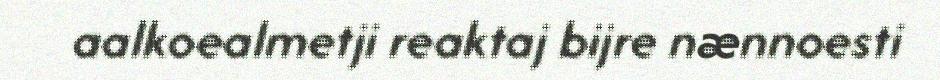
aalkoealmetji reaktaj bijre nænnoesti